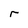
Character: r